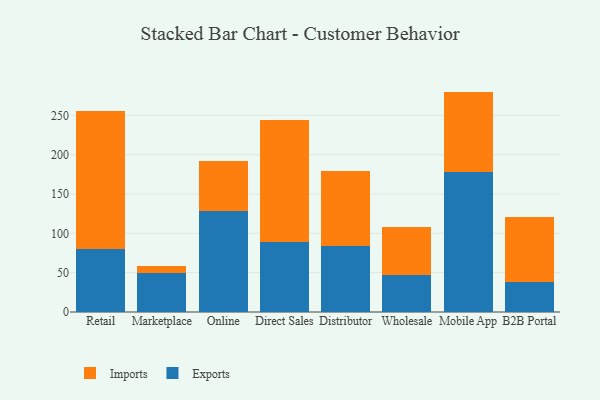
{"axis": {"x": "Channel", "y": "Latency (ms)"}, "legend": ["Exports", "Imports"], "data": [{"x": "Retail", "y": 80.6, "type": "Exports"}, {"x": "Retail", "y": 174.6, "type": "Imports"}, {"x": "Marketplace", "y": 50.2, "type": "Exports"}, {"x": "Marketplace", "y": 7.7, "type": "Imports"}, {"x": "Online", "y": 128.4, "type": "Exports"}, {"x": "Online", "y": 63.3, "type": "Imports"}, {"x": "Direct Sales", "y": 89.3, "type": "Exports"}, {"x": "Direct Sales", "y": 155.1, "type": "Imports"}, {"x": "Distributor", "y": 84.5, "type": "Exports"}, {"x": "Distributor", "y": 95.2, "type": "Imports"}, {"x": "Wholesale", "y": 47.2, "type": "Exports"}, {"x": "Wholesale", "y": 60.3, "type": "Imports"}, {"x": "Mobile App", "y": 177.5, "type": "Exports"}, {"x": "Mobile App", "y": 102.7, "type": "Imports"}, {"x": "B2B Portal", "y": 38.7, "type": "Exports"}, {"x": "B2B Portal", "y": 81.9, "type": "Imports"}]}